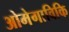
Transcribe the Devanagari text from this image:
ओमेगाविकि